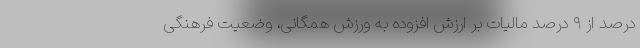
درصد از ۹ درصد مالیات بر ارزش افزوده به ورزش همگانی، وضعیت فرهنگی